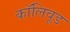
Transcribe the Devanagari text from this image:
कॉलिवूड